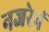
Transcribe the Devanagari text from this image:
नजरेनं